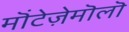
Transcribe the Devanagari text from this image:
मॊंटेज़ेमॊलॊ